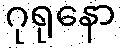
ဂုရုနော